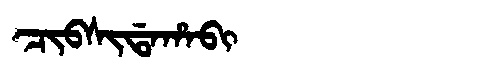
Manchu: ᠴᡳᠪᠰᡳᡩᠠᡥᠠᠪᡳ
Romanization: CIBSIDAHABI